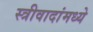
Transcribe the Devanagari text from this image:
स्त्रीवादांमध्ये